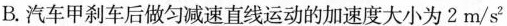
B.汽车甲刹车后做匀减速直线运动的加速度大小为2m/s^{2}